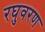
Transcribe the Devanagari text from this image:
रघुवरण